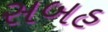
સબહ